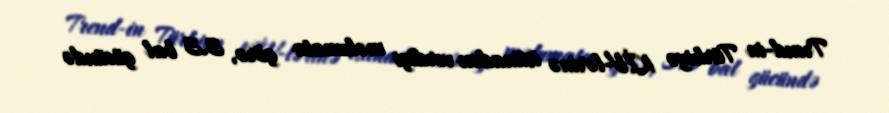
Trend-in Türkiyə KİV-lərinə istinadən verdiyi məlumata görə, 3.3 bal gücündə